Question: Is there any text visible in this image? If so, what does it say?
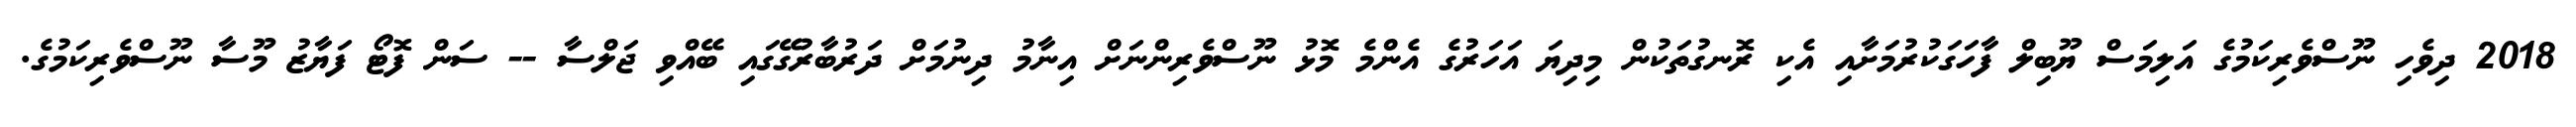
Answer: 2018 ދިވެހި ނޫސްވެރިކަމުގެ އަލިމަސް ޔޫބިލް ފާހަގަކުރުމަށާއި އެކި ރޮނގުތަކުން މިދިޔަ އަހަރުގެ އެންމެ މޮޅު ނޫސްވެރިންނަށް އިނާމު ދިނުމަށް ދަރުބާރުގޭގައި ބޭއްވި ޖަލްސާ -- ސަން ފޮޓޯ ފަޔާޒު މޫސާ ނޫސްވެރިކަމުގެ.